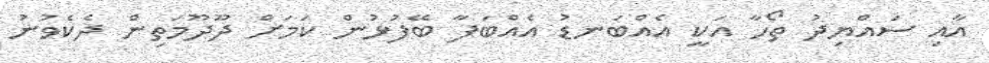
އާއި ސައްޔިދު ތޯހާ އަކީ އެއްބަނޑު އެއްބަފާ ބޭފުޅުން ކަމަށް ދޫދޫމަތިން ދެކެވުނު